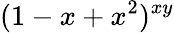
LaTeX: (1-x+x^{2})^{xy}